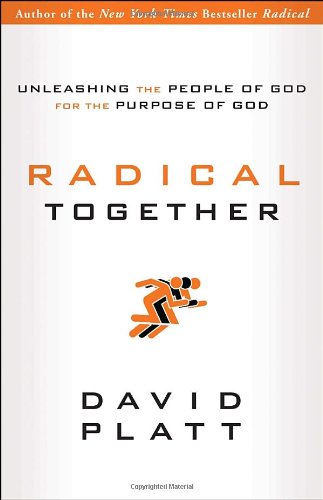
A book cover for Radical Together: Unleashing the People of God for the Purpose of God; David Platt; Christian Books & Bibles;